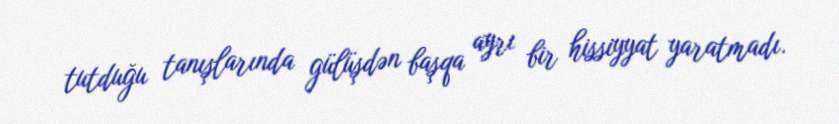
tutduğu tanışlarında gülüşdən başqa ayrı bir hissiyyat yaratmadı.